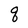
Character: q